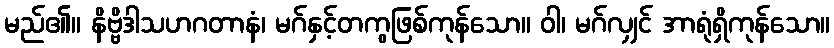
မည်၏။ နိဗ္ဗိဒါသဟဂတာနံ၊ မဂ်နှင့်တကွဖြစ်ကုန်သော။ ဝါ၊ မဂ်လျှင် အာရုံရှိကုန်သော။